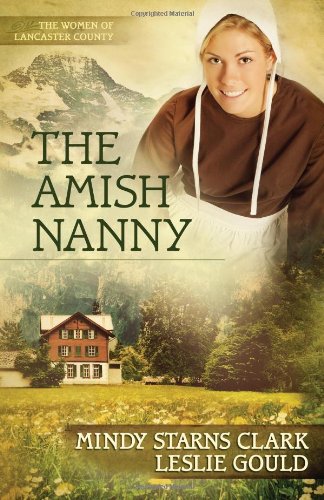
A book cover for The Amish Nanny (The Women of Lancaster County); Mindy Starns Clark; Romance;